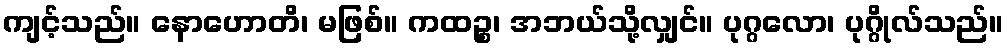
ကျင့်သည်။ နောဟောတိ၊ မဖြစ်။ ကထဉ္စ၊ အဘယ်သို့လျှင်။ ပုဂ္ဂလော၊ ပုဂ္ဂိုလ်သည်။